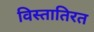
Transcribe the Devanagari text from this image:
विस्तातिरत